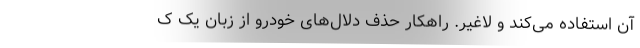
آن استفاده می‌کند و لاغیر. راهکار حذف دلال‌های خودرو از زبان یک ک